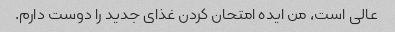
عالی است، من ایده امتحان کردن غذای جدید را دوست دارم.